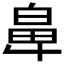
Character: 𮮵